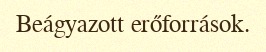
Beágyazott erőforrások.